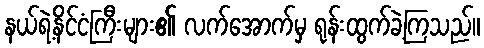
နယ်ရဲ့နိင်ငံကြီးများ၏ လက်အောက်မှ ရုန်းထွက်ခဲ့ကြသည်။